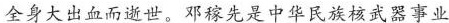
全身大出血而逝世。邓稼先是中华民族核武器事业